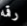
رقمه